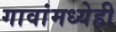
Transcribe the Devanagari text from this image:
गावांमध्येही